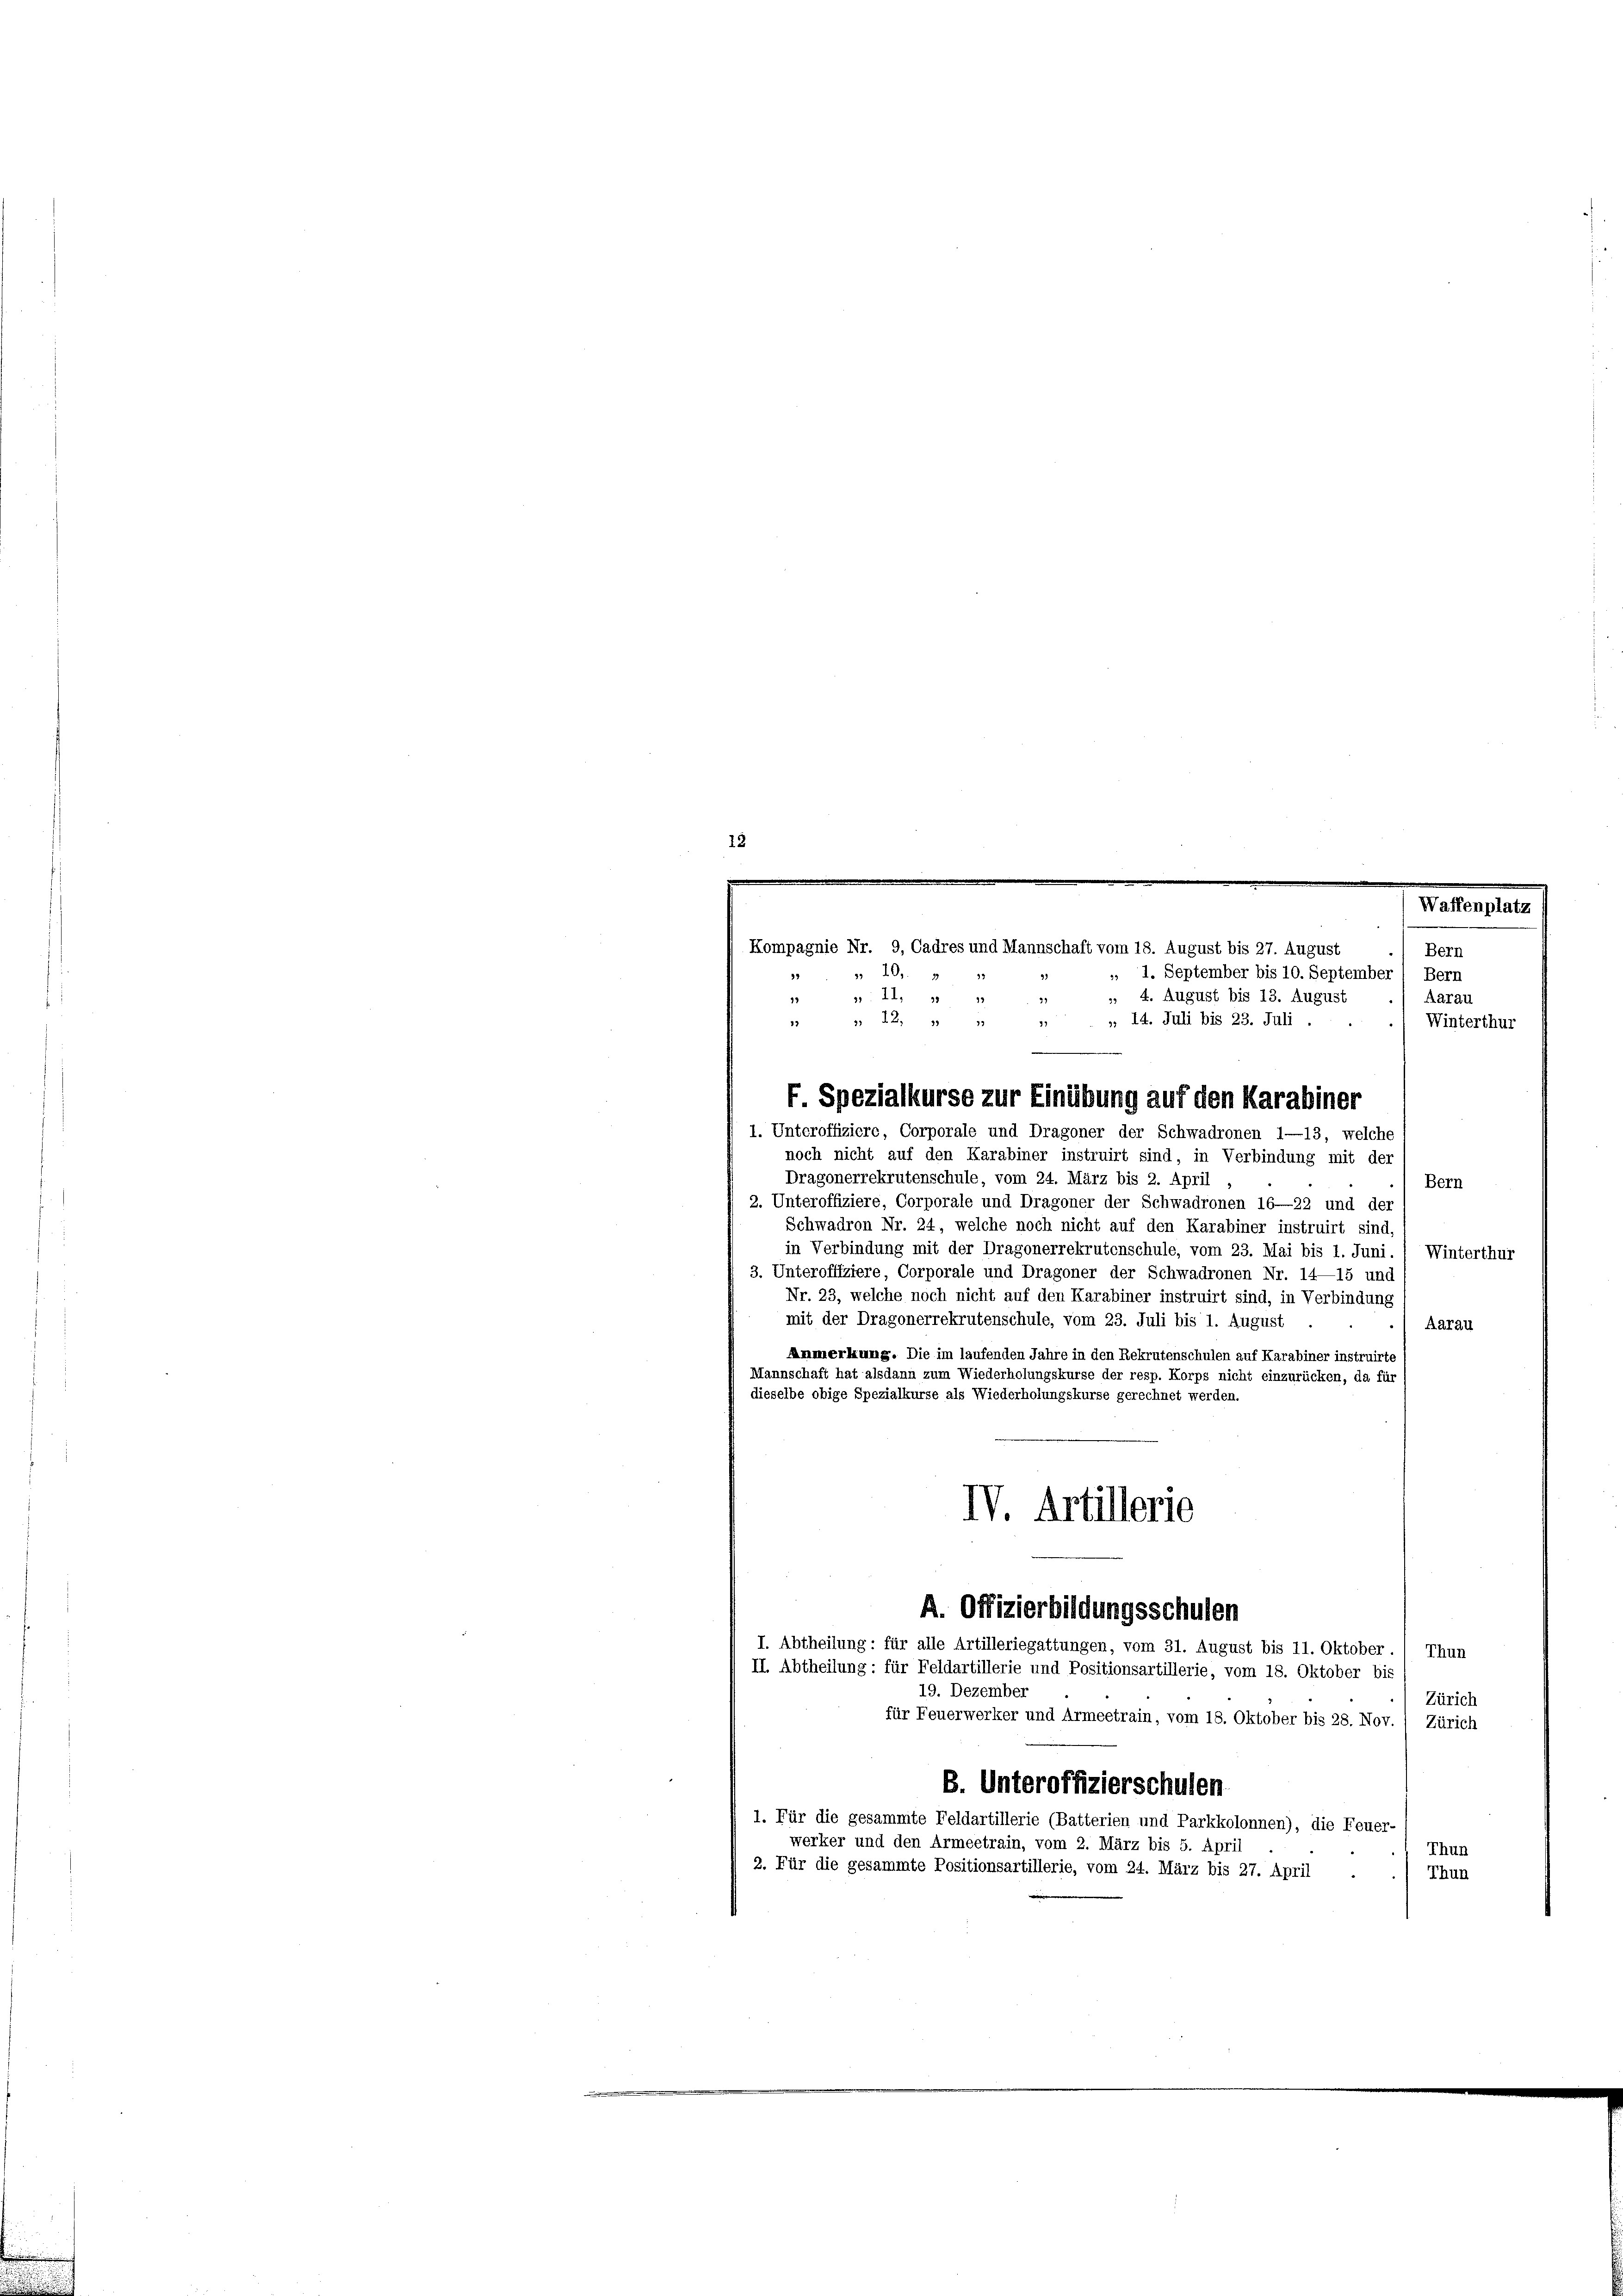
Kompagnie Nr. 9, Cadres und Mannschaft vom 18. August bis 27. August
10,
33
 1. September bis 10. September 1 Bern
» 4. August bis 13. August
3: 11. 312
Aarau
32
13
Winterthur
noch nicht auf den Karabiner instruirt sind, in Verbindung mit der
Dragonerrekrutenschule, vom 24. März bis 2. April
Bern
2. Unteroffiziere, Corporale und Dragoner der Schwadronen 16—22 und der
Schwadron Nr. 24, welche noch nicht auf den Karabiner instruirt sind
in Verbindung mit der Dragonerrekrutenschule, vom 23. Mai bis 1. Juni. 1 Winterthur
3. Unteroffiziere, Corporale und Dragoner der Schwadronen Nr. 14—15 und
Nr. 23, welche noch nicht auf den Karabiner instruirt sind, in Verbindung
mit der Dragonerrekrutenschule, vom 23. Juli bis 1. August
Aarau
Anmerkung. Die im laufenden Jahre in den Rekrutenschulen auf Karabiner instruirte
Mannschaft hat alsdann zum Wiederholungskurse der resp. Korps nicht einzurücken, da für
dieselbe obige Spezialkurse als Wiederholungskurse gerechnet werden.
IV. Artillerie
A. Offizierbildungsschulen
I. Abtheilung: für alle Artilleriegattungen, vom 31. August bis 11. Oktober ./ Thun
II. Abtheilung: für Feldartillerie und Positionsartillerie, vom 18. Oktober bis
19. Dezember
Zürich
für Feuerwerker und Armeetrain, vom 18. Oktober bis 28. Nov. / Zürich
B. Unteroffizierschulen
1. Für die gesammte Feldartillerie (Batterien und Parkkolonnen), die Feuer-
werker und den Armeetrain, vom 2. März bis 5. April
Thun
2. Für die gesammte Positionsartillerie, vom 24. März bis 27. April
Thun

29
17

91
» 14. Juli bis 23. Juli .
 12, 1
F. Spezialkurse zur Einübung auf den Karabiner
1. Unteroffiziere, Corporale und Dragoner der Schwadronen 1—13, welche

Waffenplatz
Bern